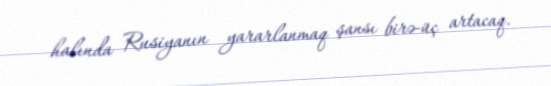
halında Rusiyanın yararlanmaq şansı birə-üç artacaq.